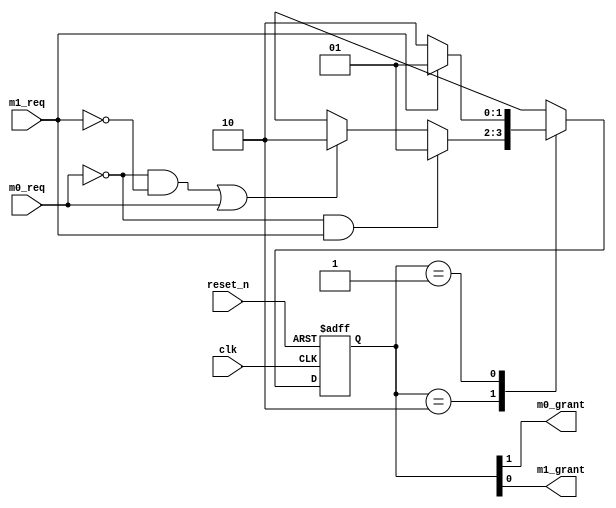
module bus_arbit(m0_req, m1_req, clk, reset_n, m0_grant, m1_grant);		//bus arbiter
	input m0_req, m1_req, clk, reset_n;		// 4 inputs
	output m0_grant, m1_grant;					// 2 outputs
	
	reg [1:0] state;								// 2bits reg(current state)
	reg [1:0] next_state;						// 2bits reg(next state)
	
	parameter M0_Grant = 2'b10;				// define M0_Grant=10
	parameter M1_Grant = 2'b01;				// define M1_Grant=01
	
	always @(posedge clk or negedge reset_n)			// whenever clk is rising edge or reset_n is falling edge
	begin
		if(reset_n==1'b0)	state <= M0_Grant;			// if reset = 0, state is M0_Grant
		else					state <= next_state;			// otherwise, next state			
	end
	
	always @(m0_req, m1_req, state, next_state)	
	begin
		case(state)				
			M0_Grant	:																// when state is M0_Grant
			begin	
				if(m0_req==1'b0&&m1_req==1'b1)								next_state	<=	M1_Grant;	// if m0_req = 0 and m1_req = 1, move to M1_Grant
				else if((m0_req==1'b0&&m1_req==1'b0)||m0_req==1'b1)	next_state	<=	M0_Grant;	// otherwise, keep position	
				else 																	next_state <= 2'bx;			// else, unknown
			end
			
			M1_Grant	:																// when state is M1_Grant
			begin	
				if(m1_req==1'b0)			next_state	<=	M0_Grant;	// if m1_req = 0, move to M0_Grant
				else if(m1_req==1'b1)	next_state	<=	M1_Grant;	// otherwise, keep position
				else							next_state <=2'bx;			// else, unknown
			end
			
			default	:	next_state	<=	2'bx;		//when default, unknown
		endcase
	end
	
	assign {m0_grant, m1_grant} = state;		// m1_grant, m0_grant = state
	
endmodule